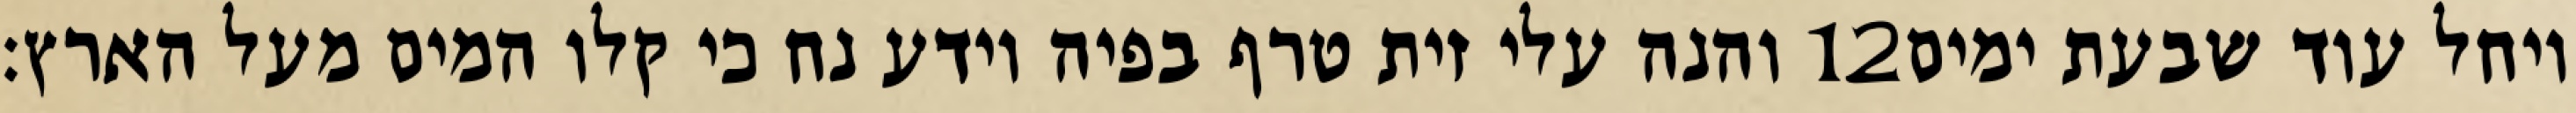
והנה עלי זית טרף בפיה וידע נח כי קלו המים מעל הארץ׃ ‎12‏ ויחל עוד שבעת ימים